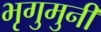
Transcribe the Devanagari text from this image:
भृगुमुनी